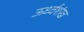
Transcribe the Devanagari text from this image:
ऊर्ध्वशंख